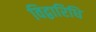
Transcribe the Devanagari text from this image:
विद्वारिधि